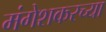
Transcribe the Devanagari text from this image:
मंगेशकरच्या